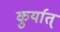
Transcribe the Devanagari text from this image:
कुर्यात्‌